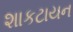
શાકટાયન